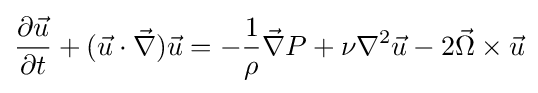
{\frac {\partial {\vec {u}}}{\partial t}}+({\vec {u}}\cdot {\vec {\nabla }}){\vec {u}}=-{\frac {1}{\rho }}{\vec {\nabla }}P+\nu \nabla ^{2}{\vec {u}}-2{\vec {\Omega }}\times {\vec {u}}